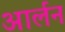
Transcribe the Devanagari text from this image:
आर्लन